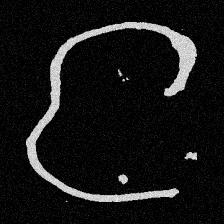
Pyu character \u2014 Myanmar letter: င (romanized: nga)